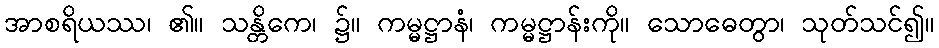
အာစရိယဿ၊ ၏။ သန္တိကေ၊ ၌။ ကမ္မဋ္ဌာနံ၊ ကမ္မဋ္ဌာန်းကို။ သောဓေတွာ၊ သုတ်သင်၍။